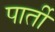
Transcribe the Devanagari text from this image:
पार्ती